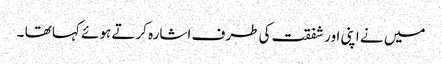
میں نے اپنی اور شفقت کی طرف اشارہ کرتے ہوئے کہا تھا ۔